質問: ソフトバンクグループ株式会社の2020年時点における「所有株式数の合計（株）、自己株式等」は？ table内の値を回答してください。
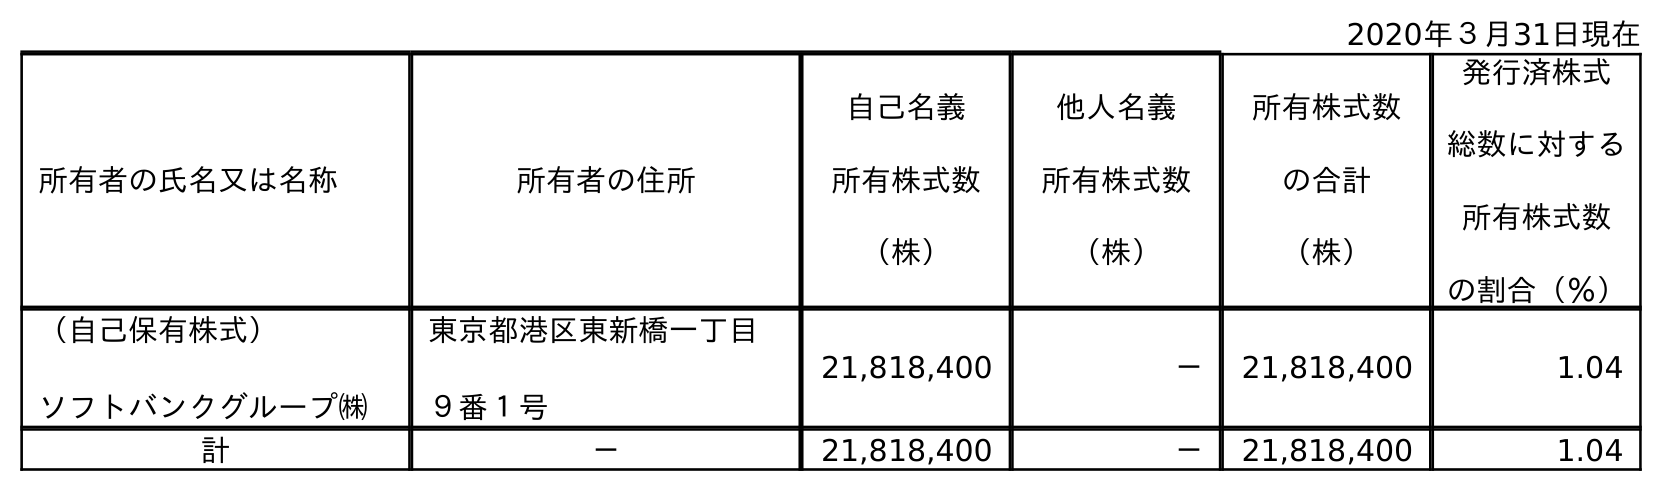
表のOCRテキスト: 2020年３月31日現在 所有者の氏名又は名称 所有者の住所 自己名義 所有株式数 （株） 他人名義 所有株式数 （株） 所有株式数 の合計 （株） 発行済株式 総数に対する 所有株式数 の割合（％） （自己保有株式） ソフトバンクグループ㈱ 東京都港区東新橋一丁目 ９番１号 21,818,400 － 21,818,400 1.04 計 － 21,818,400 － 21,818,400 1.04
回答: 21,818,400